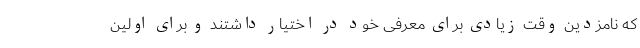
که نامزدین وقت زیادی برای معرفی خود در اختیار داشتند و برای اولین